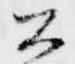
公